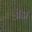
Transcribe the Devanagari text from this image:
लीडा